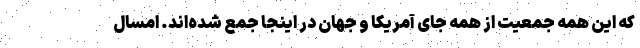
که این همه جمعیت از همه جای آمریکا و جهان در اینجا جمع شده‌اند. امسال